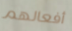
أفعالهم